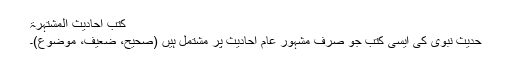
کتب احادیث المشتہرۃ
حدیث نبوی کی ایسی کتب جو صرف مشہور عام احادیث پر مشتمل ہیں (صحیح، ضعیف، موضوع)۔